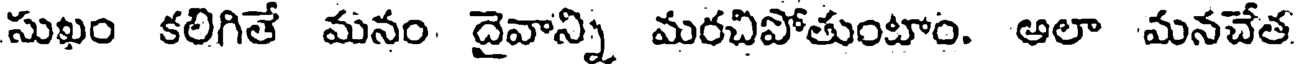
సుఖం కలిగితే మనం దైవాన్ని మరచిపోతుంటాం. ఆలా మనచేత